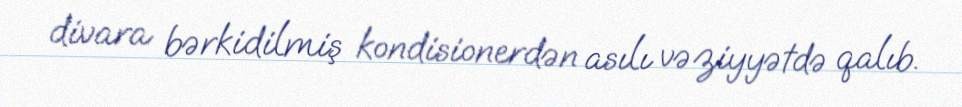
divara bərkidilmiş kondisionerdən asılı vəziyyətdə qalıb.